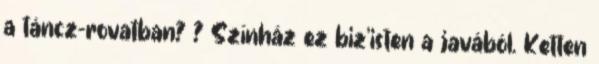
a táncz-rovatban? ? Színház ez biz'isten a javából. Ketten